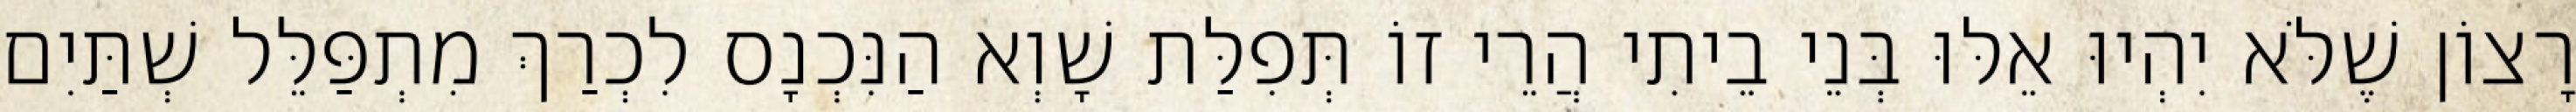
רָצוֹן שֶׁלֹּא יִהְיוּ אֵלּוּ בְּנֵי בֵיתִי הֲרֵי זוֹ תְּפִלַּת שָׁוְא הַנִּכְנָס לִכְרַךְ מִתְפַּלֵּל שְׁתַּיִם